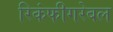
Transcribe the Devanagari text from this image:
रिकंफीगरेबल